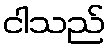
ငါသည်